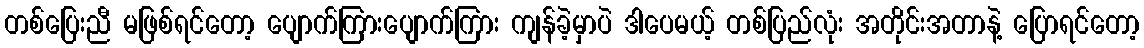
တစ်ပြေးညီ မဖြစ်ရင်တော့ ပျောက်ကြားပျောက်ကြား ကျန်ခဲ့မှာပဲ ဒါပေမယ့် တစ်ပြည်လုံး အတိုင်းအတာနဲ့ ပြောရင်တော့